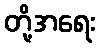
တို့အရေး